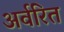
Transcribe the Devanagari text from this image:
अर्वरित